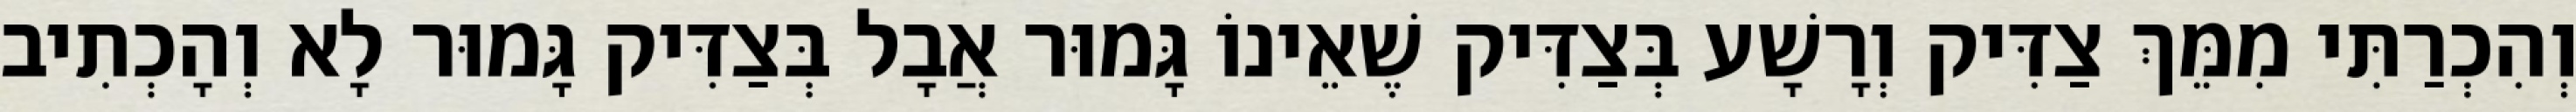
וְהִכְרַתִּי מִמֵּךְ צַדִּיק וְרָשָׁע בְּצַדִּיק שֶׁאֵינוֹ גָּמוּר אֲבָל בְּצַדִּיק גָּמוּר לָא וְהָכְתִיב